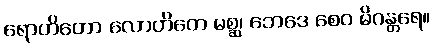
ရောဟိတော လောဟိတေ မစ္ဆ၊ ဘေဒေ စေဝ မိဂန္တရေ။